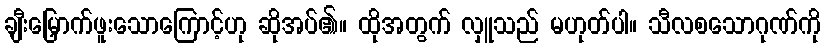
ချီးမြှောက်ဖူးသောကြောင့်ဟု ဆိုအပ်၏။ ထိုအတွက် လှူသည် မဟုတ်ပါ။ သီလစသောဂုဏ်ကို